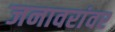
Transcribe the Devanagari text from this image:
जनावरांवर